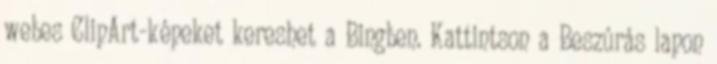
webes ClipArt-képeket kereshet a Bingben. Kattintson a Beszúrás lapon